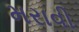
મરાવી